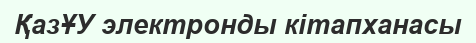
ҚазҰУ электронды кітапханасы